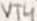
Text: VT4